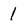
Character: 1